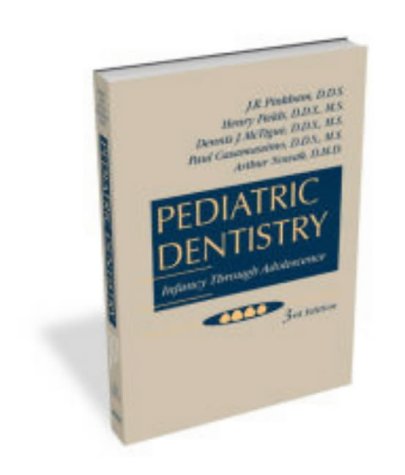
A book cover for Pediatric Dentistry: Infancy Through Adolescence; Medical Books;